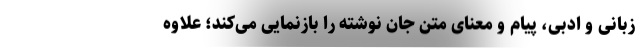
زبانی و ادبی، پیام و معنای متن جان نوشته را بازنمایی می‌کند؛ علاوه